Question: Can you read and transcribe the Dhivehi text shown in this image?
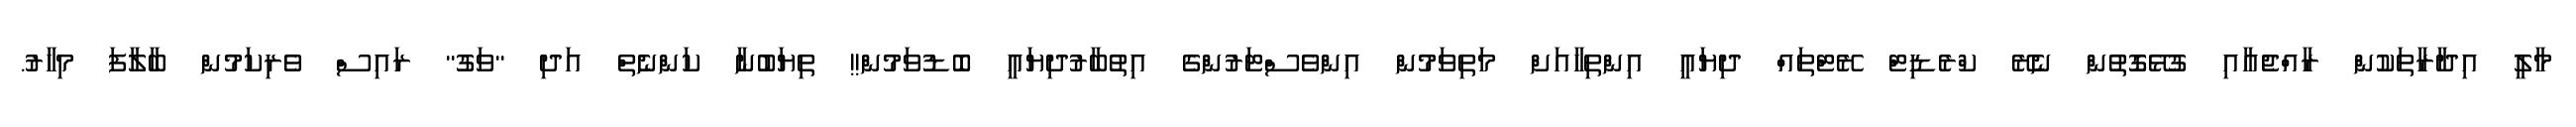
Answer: މާލީ އިދާރާތަކުން ރާއްޖެއާއި ގުޅޭގޮތުން ނެރޭ ކްރެޑިޓް ރޭޓްތައް ދިޔައީ އިންތިހާއަށް މަތިވަމުން އިންވެސްޓަރުންގެ އިތުބާރުދިޔައީ ބޮޑުވަމުން!! ތިޔަބުނާ ކަންނެތް އަދި "ވަގު" ރައިސް ވެރިކަމުން ބާލާފަ މިހާރު.